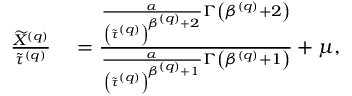
\begin{array} { r l } { \frac { \widetilde { X } ^ { \left( q \right) } } { \widetilde { \tau } ^ { \left( q \right) } } } & { { } = \frac { \frac { \alpha } { \left( \widetilde { \tau } ^ { \left( q \right) } \right) ^ { \beta ^ { \left( q \right) } + 2 } } \Gamma \left( \beta ^ { \left( q \right) } + 2 \right) } { \frac { \alpha } { \left( \widetilde { \tau } ^ { \left( q \right) } \right) ^ { \beta ^ { \left( q \right) } + 1 } } \Gamma \left( \beta ^ { \left( q \right) } + 1 \right) } + \mu , } \end{array}